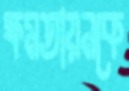
ক্ষমতায়নকে